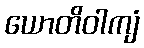
ယောတိဝါကျံ